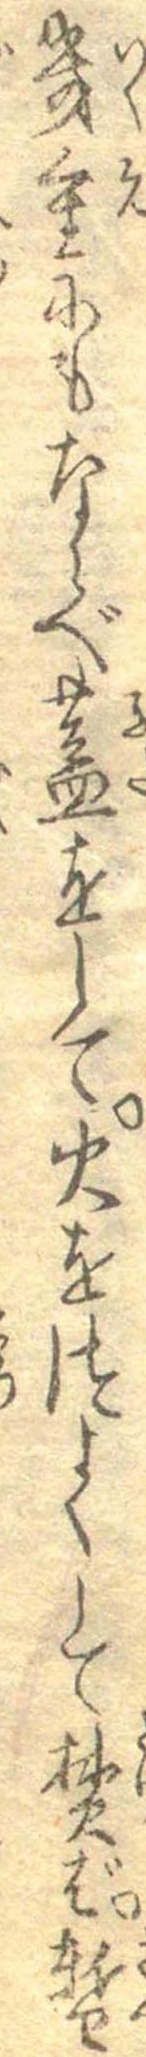
幾重にもならべ蓋をして火をつよくして焚ば暫